Lunatic asylums Madras 1877-1891 - 1877-1891
Year: 1877
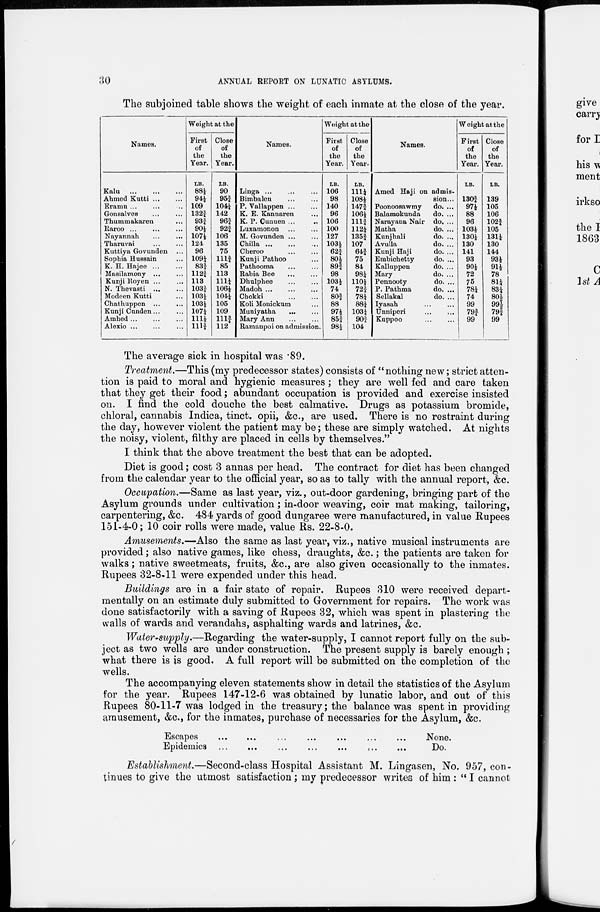
30
ANNUAL REPORT ON LUNATIC ASYLUMS.
The subjoined table shows the weight of each inmate at the close of the year.
Names.
Kalu
...
...
...
Ahmed Kutti ... ...
Eramn ... ... ...
Gonsalves ... ...
Thummakaren ...
Karoo ... ... ...
Nayannah ... ...
Tharuvai ... ...
Kuttiya Govunden ...
Sophia Hussain ...
K. H. Hajee
...
...
Masilamony ... ...
Kunji Royen ... ...
N. Thevasti ... ...
Modeen Kutti ...
Chathuppen ... ...
Kunji Cunden... ...
Amhed ... ... ...
Alexio ... ... ...
Weight at the
First
of
the
Year.
LB.
88½
94½
109
132¾
93¾
90½
107½
124
96
109¾
83¾
112¾
113
103¾
103½
103½
107¼
111½
111¾
Close
of
the
Year.
LB.
90
95¾
104¼
142
96¾
92¾
106
135
75
111¾
85
113
111¼
106¼
104¼
105
109
111¾
112
Names.
Linga ... ... ...
Bimbalen ... ...
P. Vallappen ... ...
K. E. Kannaren ...
K. P. Cunuen ...
..
Luxamonon ... ...
M. Govunden ... ...
Chilla
...
...
...
Cheroo ... ...
Kunji Pathoo ...
Pathooma ... ...
Rabia Bee ... ...
Dhulphee ... ...
Madoh ... ... ...
Chokki
...
...
Koli Monickum ...
Muniyatha ... ...
Mary Ann ... ...
Ramanpoi on admission.
Weight at the
First
of
the
Year.
LB.
106
98
140
96
106
100
127
103½
62¾
80½
89¾
98
103½
74
80¾
88
97½
85¾
98½
Close
of
the
Year.
LB.
111¼
108½
147¾
106½
111¾
112¼
135¾
107
64¾
75
84
98¼
110½
72¾
78¼
88¼
103¼
90¾
104
Names.
Amed Haji on admis-
sion...
Poonoosawmy
Balamokunda
Narayana Nair
Matha
Kunjhali
Avulla
Kunji Haji
Embichetty
Kalluppen
Mary
Pennooty
P. Pathma
Sellakal
Iyasah ...
Unniperi ...
Kuppoo ...
do. ...
do. ...
do. ...
do. ...
do. ...
do. ...
do. ...
do. ...
do. ...
do. ...
do. ...
do. ...
do. ...
...
...
...
Weight at the
First
of
the
Year.
LB.
130¾
97½
88
96
103½
130½
130
141
93
90½
72
75
78¼
74
99
79¾
99
Close
of
the
Year.
LB.
139
105
106
102¾
105
131¼
130
144
93½
91½
78
81¼
83¼
80½
99½
79¾
99
The average sick in hospital was .89.
Treatment.—This (my predecessor states) consists of "nothing new; strict atten-
tion is paid to moral and hygienic measures; they are well fed and care taken
that they get their food; abundant occupation is provided and exercise insisted
on. I find the cold douche the best calmative. Drugs as potassium bromide,
chloral, cannabis Indica, tinct. opii, &c., are used. There is no restraint during
the day, however violent the patient may be; these are simply watched. At nights
the noisy, violent, filthy are placed in cells by themselves."
I think that the above treatment the best that can be adopted.
Diet is good; cost 3 annas per head. The contract for diet has been changed
from the calendar year to the official year, so as to tally with the annual report, &c.
Occupation.—Same as last year, viz., out-door gardening, bringing part of the
Asylum grounds under cultivation; in-door weaving, coir mat making, tailoring,
carpentering, &c. 484 yards of good dungaree were manufactured, in value Rupees
151-4-0; 10 coir rolls were made, value Rs. 22-8-0.
Amusements.—Also the same as last year, viz., native musical instruments are
provided; also native games, like chess, draughts, &c.; the patients are taken for
walks; native sweetmeats, fruits, &c., are also given occasionally to the inmates.
Rupees 32-8-11 were expended under this head.
Buildings are in a fair state of repair. Rupees 310 were received depart-
mentally on an estimate duly submitted to Government for repairs. The work was
done satisfactorily with a saving of Rupees 32, which was spent in plastering the
walls of wards and verandahs, asphalting wards and latrines, &c.
Water-supply.—Regarding the water-supply, I cannot report fully on the sub-
ject as two wells are under construction. The present supply is barely enough ;
what there is is good. A full report will be submitted on the completion of the
wells.
The accompanying eleven statements show in detail the statistics of the Asylum
for the year. Rupees 147-12-6 was obtained by lunatic labor, and out of this
Rupees 80-11-7 was lodged in the treasury; the balance was spent in providing
amusement, &c., for the inmates, purchase of necessaries for the Asylum, &c.
Escapes
...
...
...
...
...
...
...
Epidemics
...
...
...
...
...
...
...
None.
Do.
Establishment.—Second-class Hospital Assistant M. Lingasen, No. 957, con-
tinues to give the utmost satisfaction ; my predecessor writes of him : " I cannot